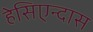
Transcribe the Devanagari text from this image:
हेसिएन्दास